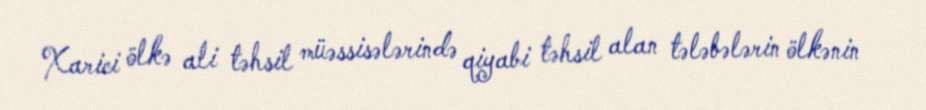
Xarici ölkə ali təhsil müəssisələrində qiyabi təhsil alan tələbələrin ölkənin